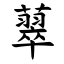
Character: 䕜